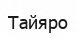
Тайяро